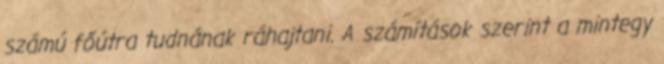
számú főútra tudnának ráhajtani. A számítások szerint a mintegy